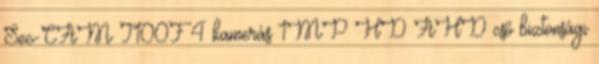
Sec-CAM T100F 4 kamerás 1MP HD AHD cső biztonsági